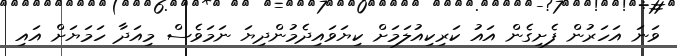
ވަނަ އަހަރުން ފެށިގެން އައު ކަރިކިއުލަމަށް ކިޔަވައިދެމުންދިޔަ ނަމަވެސް މިއަދާ ހަމަޔަށް އައި